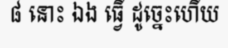
៨ នោះ ឯង ធ្វើ ដូច្នេះហើយ